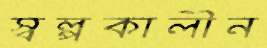
স্বল্পকালীন